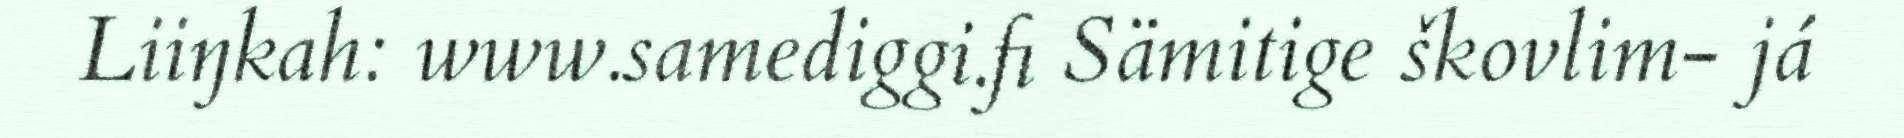
Liiŋkah: www.samediggi.fi Sämitige škovlim- já